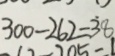
3 0 0 - 2 6 2 = \dot { 3 } 8